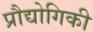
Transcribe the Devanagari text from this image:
प्रौद्योगिकी